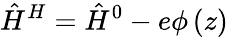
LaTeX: {\hat{H}}^{H}={\hat{H}}^{0}-e\phi\left(z\right)